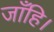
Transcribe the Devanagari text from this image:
जाँहि।